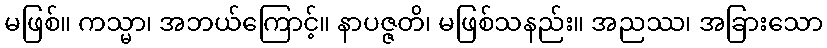
မဖြစ်။ ကသ္မာ၊ အဘယ်ကြောင့်။ နာပဇ္ဇတိ၊ မဖြစ်သနည်း။ အညဿ၊ အခြားသော